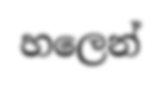
හලෙන්